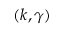
( k , \gamma )